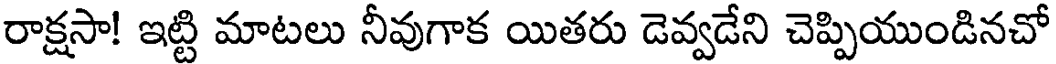
రాక్షసా! ఇట్టి మాటలు నీవుగాక యితరు డెవ్వడేని చెప్పియుండినచో